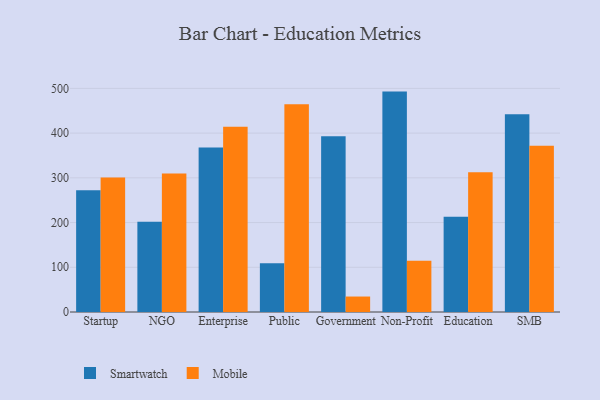
{"axis": {"x": "Segment", "y": "Net Income (USD K)"}, "legend": ["Mobile", "Smartwatch"], "data": [{"x": "Startup", "y": 272.3, "type": "Smartwatch"}, {"x": "Startup", "y": 300.8, "type": "Mobile"}, {"x": "NGO", "y": 201.6, "type": "Smartwatch"}, {"x": "NGO", "y": 309.4, "type": "Mobile"}, {"x": "Enterprise", "y": 367.9, "type": "Smartwatch"}, {"x": "Enterprise", "y": 414.2, "type": "Mobile"}, {"x": "Public", "y": 109.0, "type": "Smartwatch"}, {"x": "Public", "y": 464.3, "type": "Mobile"}, {"x": "Government", "y": 392.8, "type": "Smartwatch"}, {"x": "Government", "y": 34.6, "type": "Mobile"}, {"x": "Non-Profit", "y": 492.8, "type": "Smartwatch"}, {"x": "Non-Profit", "y": 114.5, "type": "Mobile"}, {"x": "Education", "y": 213.2, "type": "Smartwatch"}, {"x": "Education", "y": 312.3, "type": "Mobile"}, {"x": "SMB", "y": 441.9, "type": "Smartwatch"}, {"x": "SMB", "y": 371.5, "type": "Mobile"}]}